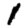
Digit: 1